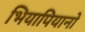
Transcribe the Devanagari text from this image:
भियापियानो